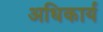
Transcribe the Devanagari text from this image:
अधिकार्य